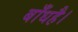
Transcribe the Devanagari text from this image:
बाँधहै।